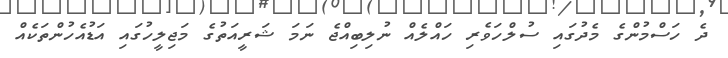
ދެ ހަސްމުންގެ މެދުގައި ސުލްހަވެރި ހައްލެއް ނުލިބިއްޖެ ނަމަ ޝަރީއަތުގެ މަޖިލީހުގައި އަޑުއެހުންތަކެއް